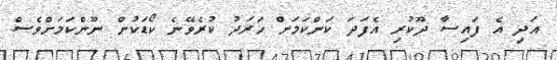
އަދި އެ ފައިސާ ދޫކުރި އެފަދަ ކަންކަމަށް ހަރަދު ކުރެވޭނެ ކޯޑަކުން ނޫންކަމަށްވެސް